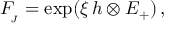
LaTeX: F _ { \! _ { J } } = \exp ( \xi \, h \otimes E _ { + } ^ { } ) \, ,